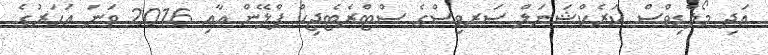
އަދި މޯލްޑިވްސް ކަރެކްޝަނަލް ސަރވިސްގެ ސްޓްރެޓެޖިކް ޕްލޭން އާއި 2016 ވަނަ އަހަރުގެ